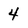
Character: 4